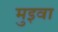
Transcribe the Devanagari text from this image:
मुइवा